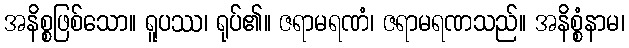
အနိစ္စဖြစ်သော။ ရူပဿ၊ ရုပ်၏။ ဇရာမရဏံ၊ ဇရာမရဏသည်။ အနိစ္စံနာမ၊